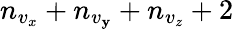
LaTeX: n_{v_{x}}+n_{v_{\mathbf{y}}}+n_{v_{z}}+2